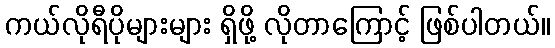
ကယ်လိုရီပိုများများ ရှိဖို့ လိုတာကြောင့် ဖြစ်ပါတယ်။